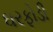
ઘરફોડી